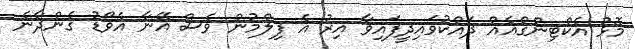
މޮޅު އެކްޓިންގްއެއް ދައްކުވައިދީފައިވާ އިރު އެ ފިލްމުން ވެސް އޭނާ އެވޯޑު ގެންދާނެ